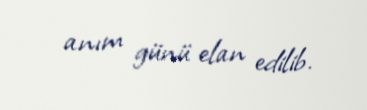
anım günü elan edilib.